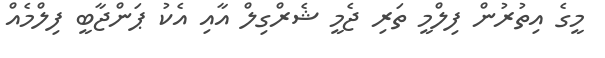
މީގެ އިތުރުން ފިލްމީ ތަރި ޖެމީ ޝެރްގިލް އާއި އެކު ޕަންޖާބީ ފިލްމެއް